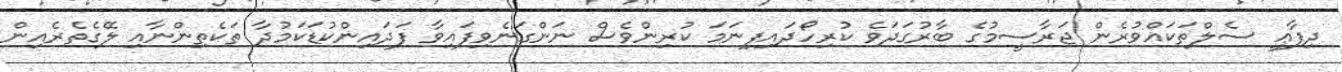
ދިފާޢީ ސެލްތަކައްވުރެން ޖަރާސީމުގެ ބާރުގަދަވެ ކުރިހޯދައިފިނަމަ ކުރިންވެސް ނަންގަނެވިފައިވާ ފަދައިންކުޑަކަމުދާ ތަކެތިންނާއި ލޭގެތެރެއިން